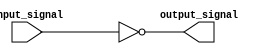
module open_drain_inverter (
    input input_signal,
    output output_signal
);

assign output_signal = ~input_signal;

endmodule